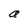
Character: a